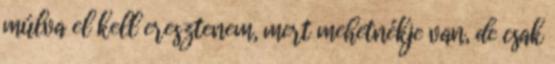
múlva el kell eresztenem, mert mehetnékje van, de csak